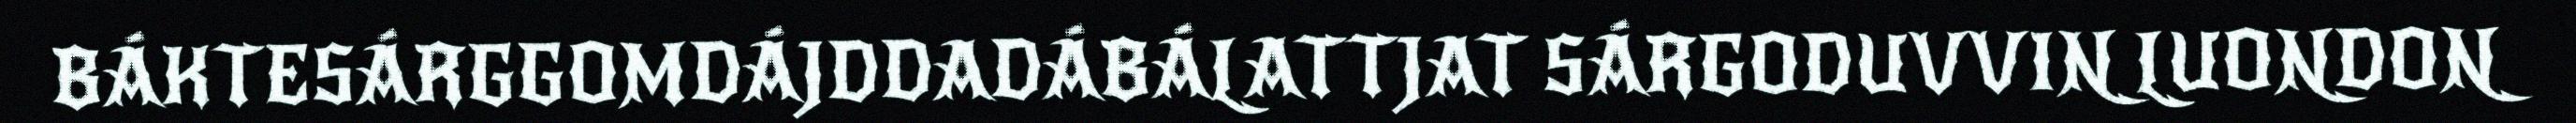
BÁKTESÁRGGOMDÁJDDADÁBÁLATTJAT SÁRGODUVVIN LUONDON